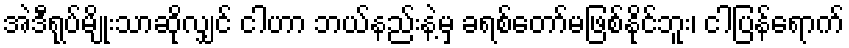
အဲဒီရုပ်မျိုးသာဆိုလျှင် ငါဟာ ဘယ်နည်းနဲ့မှ ခရစ်တော်မဖြစ်နိုင်ဘူး၊ ငါပြန်ရောက်